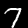
Label: 7